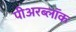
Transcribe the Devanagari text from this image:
पीअरब्लॉक